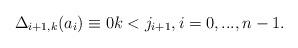
LaTeX: \begin{align*}\Delta_{i+1,k} ( a_{i} )\equiv 0 k<j_{i+1} , i=0,...,n-1. \end{align*}